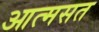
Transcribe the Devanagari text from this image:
आत्मसत